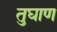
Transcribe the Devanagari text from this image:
तुघाण